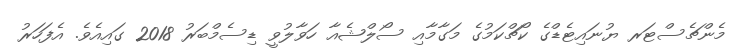
މެންޗެސްޓަރ ޔުނައިޓެޑްގެ ކޯޗްކަމުގެ މަގާމާއި ސޯލްޝެއާ ހަވާލުވީ ޑިސެމްބަރު 2018 ގައިއެވެ. އެފަހަރު